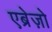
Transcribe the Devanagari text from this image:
एब्रेज़ो